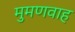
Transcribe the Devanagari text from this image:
मुमणवाह